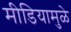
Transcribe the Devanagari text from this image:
मीडियामुळे